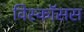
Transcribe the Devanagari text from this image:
विस्कॉसस